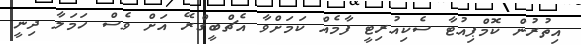
އިތުރުން ކޮމްޕިއުޓާ ސެކިއުރިޓީ ފާމެއް ކަމަށްވާ އެޗްބީގްރޭ އަށް ވެސް ހަމަލާ ދިނީ